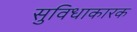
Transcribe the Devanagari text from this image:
सुविधाकारक